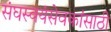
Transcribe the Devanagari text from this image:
संघस्वयंसेवकांसाठी